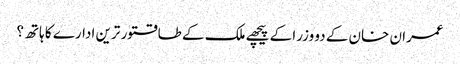
عمران خان کے دو وزرا کے پیچھے ملک کے طاقتور ترین ادارے کا ہاتھ؟